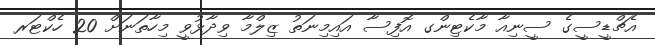
އެޗްޑީސީގެ ސީނިއާ މާކެޓިންގ އޮފިސާ އައިމިނަތު ޒިލްމާ ވިދާޅުވީ މިހާތަނަށް 20 ހެކްޓަރ